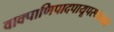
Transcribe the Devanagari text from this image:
वाक्पाणिपादपायूपस्थात्मने